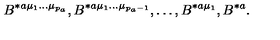
B ^ { * a \mu _ { 1 } \ldots \mu _ { p _ { a } } } , B ^ { * a \mu _ { 1 } \ldots \mu _ { p _ { a } - 1 } } , \ldots , B ^ { * a \mu _ { 1 } } , B ^ { * a } .